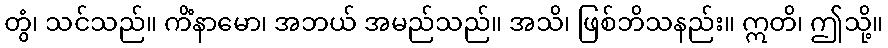
တွံ၊ သင်သည်။ ကိံနာမော၊ အဘယ် အမည်သည်။ အသိ၊ ဖြစ်ဘိသနည်း။ ဣတိ၊ ဤသို့။